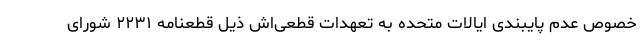
خصوص عدم پایبندی ایالات متحده به تعهدات قطعی‌اش ذیل قطعنامه ۲۲۳۱ شورای